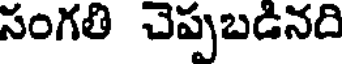
సంగతి చెప్పబడినది